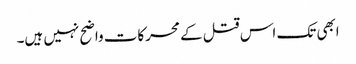
ابھی تک اس قتل کے محرکات واضح نہیں ہیں۔